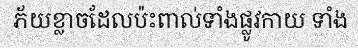
ភ័យខ្លាចដែលប៉ះពាល់ទាំងផ្លូវកាយ ទាំង